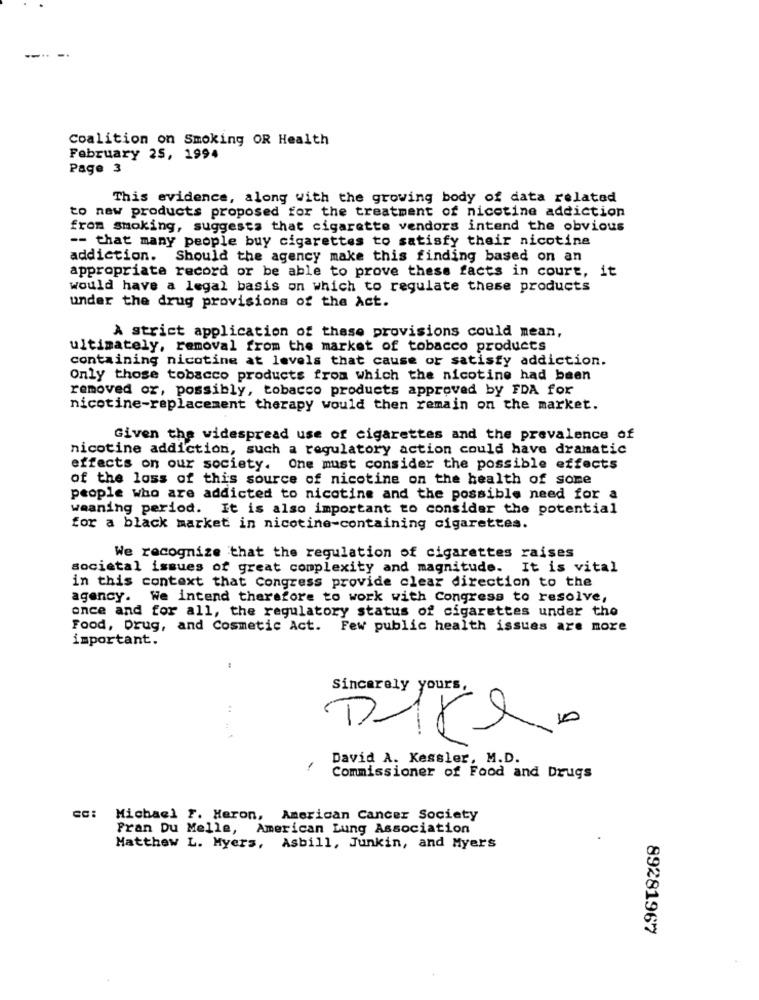
Coalition on Smoking OR Health
February 25, 1994
Page 3
This evidence, along with the growing body of data related
to new products proposed for the treatment of nicotine addiction
from smoking, suggests that cigarette vendors intend the obvious
-- that many people buy cigarettes to satisfy their nicotine
addiction. Should the agency make this finding based on an
appropriate record or be able to prove these facts in court, it
would have a legal basis on which to regulate these products
under the drug provisions of the Act.
A strict application of these provisions could mean,
ultimately, removal from the market of tobacco products
containing nicotine at levels that cause or satisfy addiction.
Only those tobacco products from which the nicotine had been
removed or, possibly, tobacco products approved by FDA for
nicotine-replacement therapy would then remain on the market.
Given the widespread use of cigarettes and the prevalence of
nicotine addiction, such a regulatory action could have dramatic
effects on our society. One must consider the possible effects
of the loss of this source of nicotine on the health of some
people who are addicted to nicotine and the possible need for a
weaning period. It is also important to consider the potential
for a black market in nicotine-containing cigarettes.
We recognize that the regulation of cigarettes raises
societal issues of great complexity and magnitude.
It is vital
in this context that Congress provide clear direction to the
agency. We intend therefore to work with Congress to resolve,
once and for all, the regulatory status of cigarettes under the
Food, Drug, and Cosmetic Act. Few public health issues are more
important.
Sincerely yours,
:
David A. Kessler, M.D.
Commissioner of Food and Drugs
Michael F. Heron, American Cancer Society
Fran Du Melle, American Lung Association
Matthew L. Myers, Asbill, Junkin, and Myers
89281967